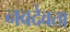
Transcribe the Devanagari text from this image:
नवदेवता